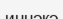
иннәкә